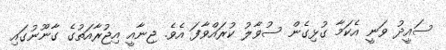
ސައީދު ވަނީ އެކަމާ ގުޅިގެން ސުވާލު ކުރައްވާފަ އެވެ. ޖިނާއީ އިޖުރާއަތުގެ ގާނޫނުގައި